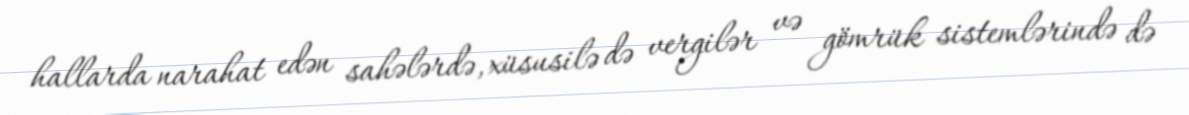
hallarda narahat edən sahələrdə, xüsusilə də vergilər və gömrük sistemlərində də